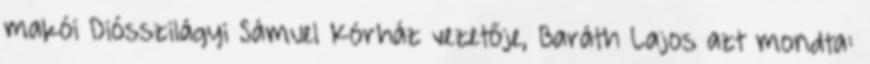
makói Diósszilágyi Sámuel Kórház vezetője, Baráth Lajos azt mondta: